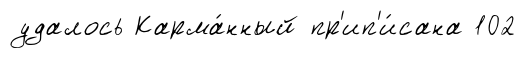
удалось Карма́нный пр'ип'и́сана 102